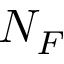
N _ { F }